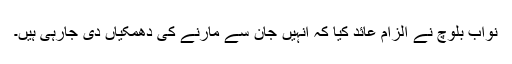
نواب بلوچ نے الزام عائد کیا کہ انہیں جان سے مارنے کی دھمکیاں دی جارہی ہیں۔